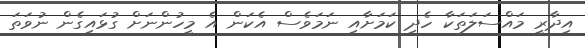
އިދާރީ މައްސަލަތަކާ ހެދި ކަމަށާއި ނަމަވެސް އެކަން އެ މީހުންނަށް ގުޅައިގެން ނުވަތަ